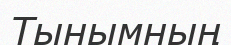
Тынымның